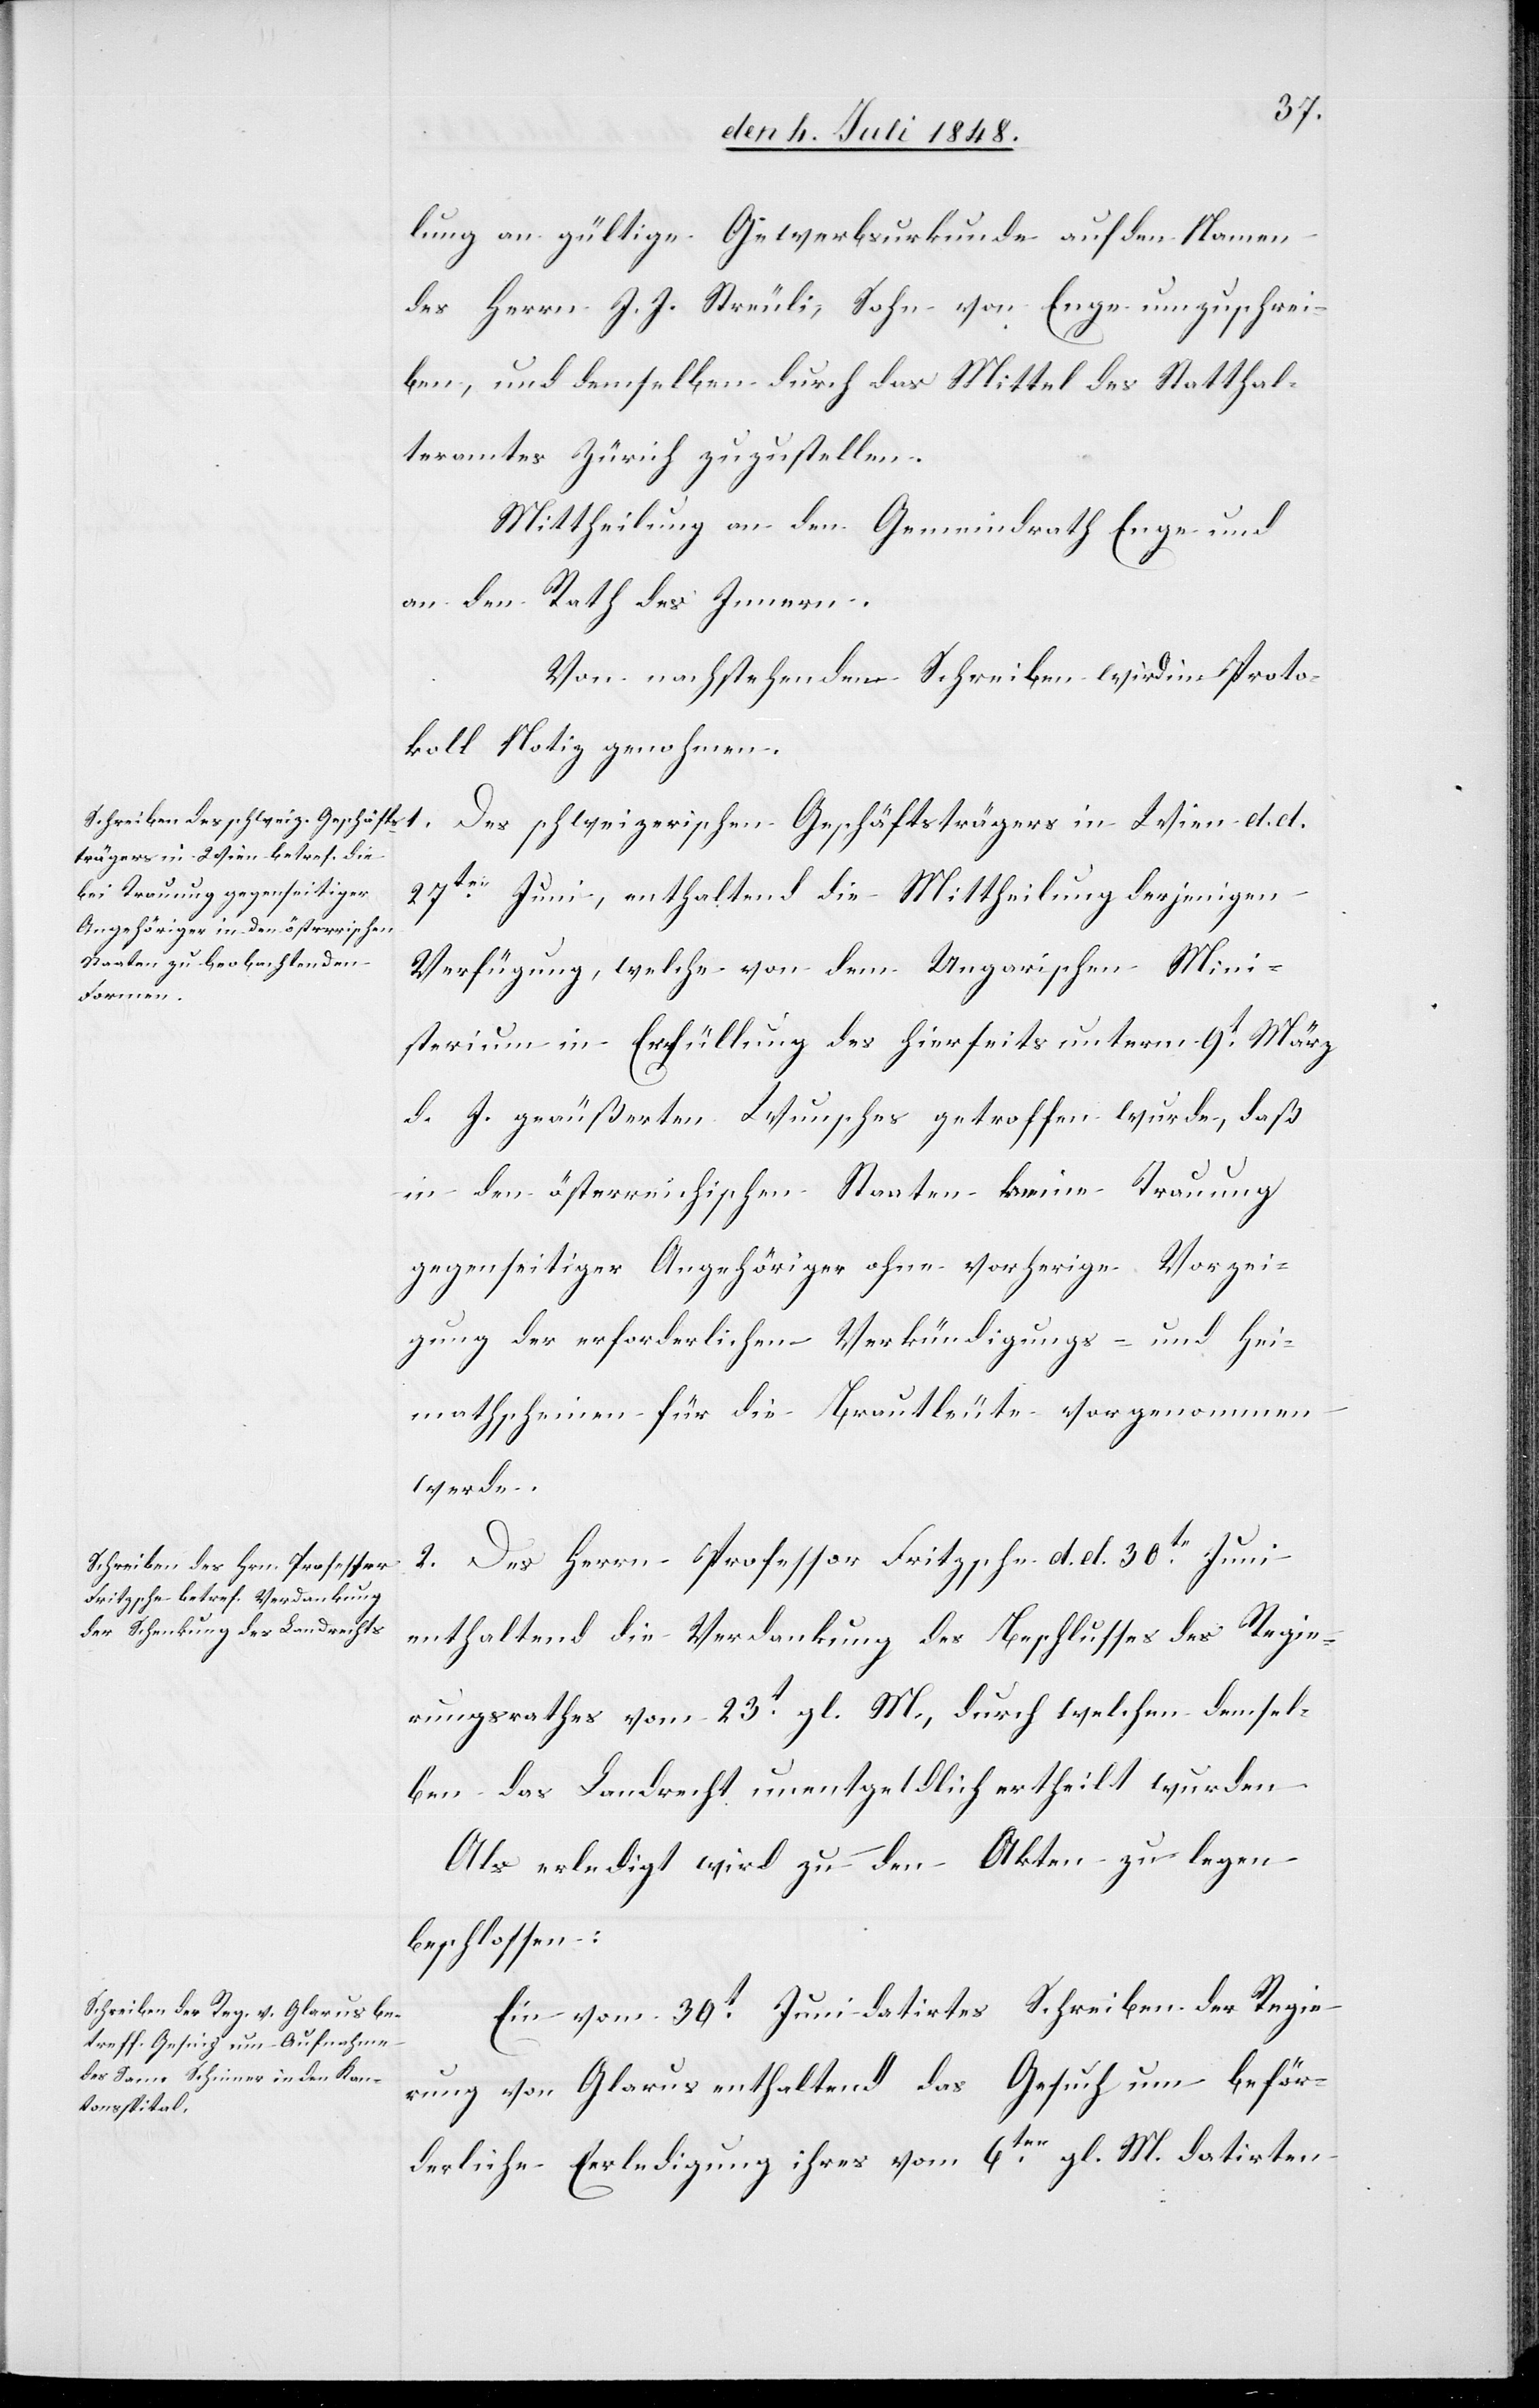
lung an gültige Gewerbsurkunde auf den Namen
des Herrn J. J. Streuli, Sohn von Enge umzuschrei¬
ben, und demselben durch das Mittel des Statthal¬
teramtes Zürich zuzustellen.
Mittheilung an den Gemeindrath Enge und
an den Rath des Innern.
Von nachstehenden Schreiben wird im Proto¬
koll Notiz genohmen.
27ten Juni, enthaltend die Mittheilung derjenigen
Verfügung, welche von dem Ungarischen Mini¬
sterium in Erfüllung des hierseits unterm 9t März
d. J. geäußerten Wunsches getroffen wurde, daß
in den österreichischen Staaten keine Trauung
gegenseitiger Angehöriger ohne vorherige Vorzei¬
gung der erforderlichen Verkündigungs- und Hei¬
matscheinen für die Brautleute vorgenommen
werde.
2. Des Herrn Professor Fritzsche d. d. 30te Juni
enthaltend die Verdankung des Beschlusses des Regie¬
rungsrathes vom 23t gl. M., durch welchen demsel¬
ben das Landrecht unentgeldlich ertheilt wurden.
Als erledigt wird zu den Akten zu legen
beschlossen:
Ein vom 30t Juni datirtes Schreiben der Regie¬
rung von Glarus enthaltend das Gesuch um beför¬
derliche Erledigung ihres vom 6ten gl. M. datirten